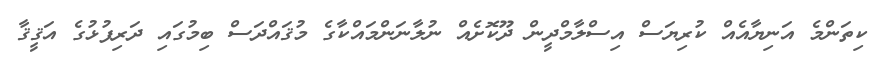
ކިތަންމެ އަނިޔާއެއް ކުރިޔަސް އިސްލާމްދީން ދޫކޮށެއް ނުލާނަންމައްކާގެ މުޤައްދަސް ބިމުގައި ދަރިފުޅުގެ އަޤީޤާ